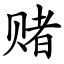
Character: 赌